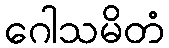
ဂေါသမိတံ